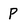
Character: p